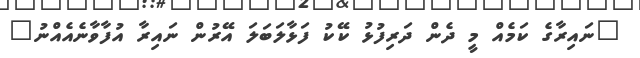
"ނައިރާގެ ކަމެއް މީ ދެން ދަރިފުޅު ކޭކު ފަޅާލަބަލަ އޭރުން ނައިރާ އުފާވާނެއެއްނު"